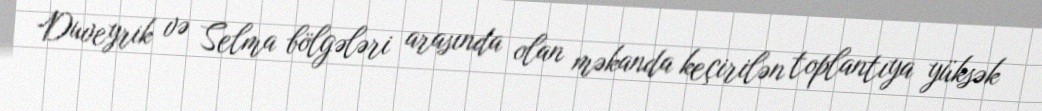
Duveyrik və Selma bölgələri arasında olan məkanda keçirilən toplantıya yüksək